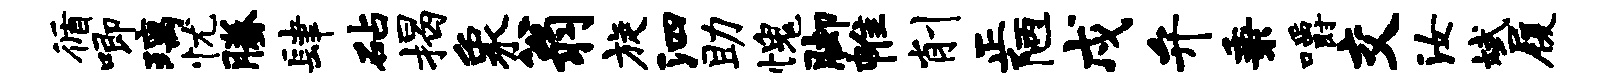
循唧璃忧腾肆砧揭象翁旋泗助愧脚帷削正陋戍弁秉嚼交汝斌履